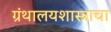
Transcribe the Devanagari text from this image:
ग्रंथालयशास्त्राचा